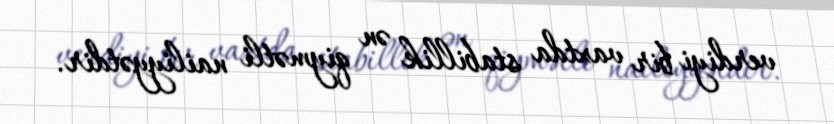
verdiyi bir vaxtda stabillik ən qiymətli nailiyyətdir.